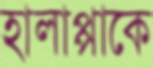
হালাপ্পাকে